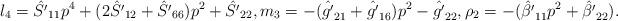
LaTeX: \begin{align*}l_4=\hat{S'}_{11}p^4 + (2\hat{S'}_{12}+\hat{S'}_{66})p^2 + \hat{S'}_{22},m_3=-(\hat{g'}_{21}+\hat{g'}_{16})p^2 - \hat{g'}_{22},\rho_2=-(\hat{\beta'}_{11}p^2 + \hat{\beta'}_{22}).\end{align*}